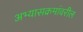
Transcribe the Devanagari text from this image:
अभ्यासक्रमांवरील